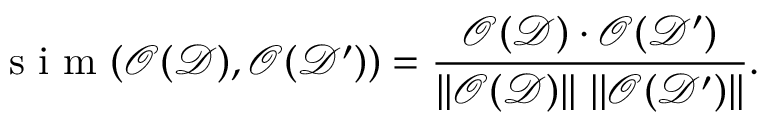
\mathrm { ~ s ~ i ~ m ~ } ( \mathcal { O } ( \mathcal { D } ) , \mathcal { O } ( \mathcal { D ^ { \prime } } ) ) = \frac { \mathcal { O } ( \mathcal { D } ) \cdot \mathcal { O } ( \mathcal { D ^ { \prime } } ) } { | | \mathcal { O } ( \mathcal { D } ) | | ~ | | \mathcal { O } ( \mathcal { D ^ { \prime } } ) | | } .